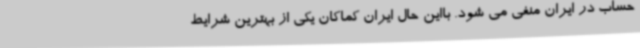
حساب در ایران منفی می شود. بااین حال ایران کماکان یکی از بهترین شرایط